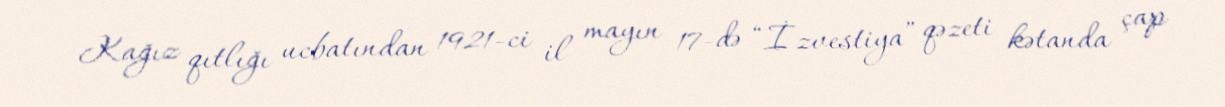
Kağız qıtlığı ucbatından 1921-ci il mayın 17-də “İzvestiya” qəzeti kətanda çap